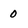
Character: 0